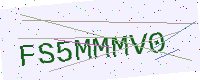
Text: FS5MMMV0